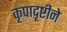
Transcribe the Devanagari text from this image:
कृपादृष्टीने